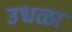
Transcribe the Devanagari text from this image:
उधळा